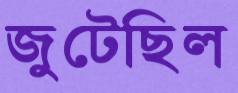
জুটেছিল